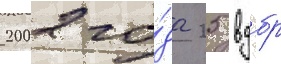
2002 го́да 25 вдбр